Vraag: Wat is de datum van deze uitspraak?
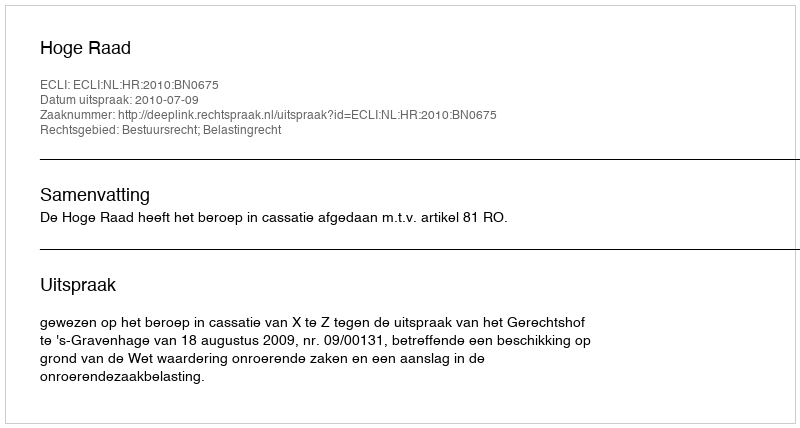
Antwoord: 2010-07-09